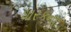
ધારકના